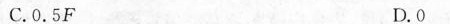
C.0.5F D.0